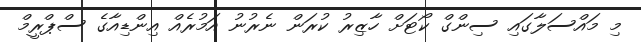
މި މައްސަލާގައި ސިންގް ކޯޓަށް ހާޒިރު ކުރަން ނެރުނު އަމުރެއް އިންޑިއާގެ ސްޕްރީމް